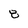
Character: 8